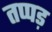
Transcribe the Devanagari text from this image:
तप्पड़